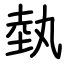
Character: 埶